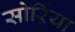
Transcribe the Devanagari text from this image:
सोर्ऱिया